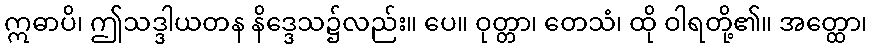
ဣဓာပိ၊ ဤသဒ္ဒါယတန နိဒ္ဒေသ၌လည်း။ ပေ။ ဝုတ္တာ၊ တေသံ၊ ထို ဝါရတို့၏။ အတ္ထော၊